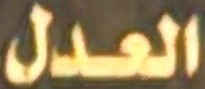
العدل